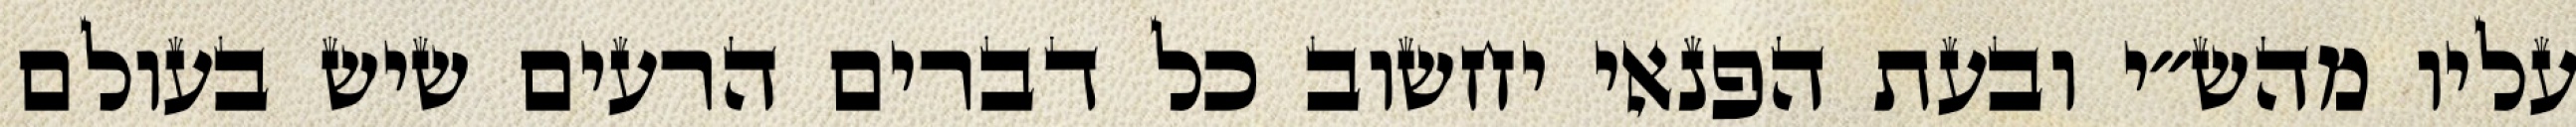
עליו מהש״י ובעת הפנאי יחשוב כל דברים הרעים שיש בעולם